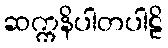
ဆက္ကနိပါတပါဠိ